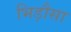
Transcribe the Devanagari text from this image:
भिड़ौसा